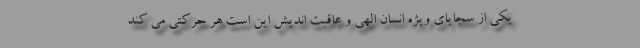
یکی از سجایای ویژه انسان الهی و عاقبت اندیش این است هر حرکتی می کند